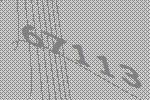
67113